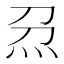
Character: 𱪰